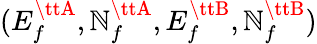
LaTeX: (E_{f}^{{\ttA}},\mathbb{N}_{f}^{{\ttA}},E_{f}^{{\ttB}},\mathbb{N}_{f}^{{\ttB}})